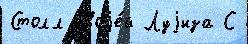
Столл своjе́й Луjиза С